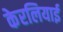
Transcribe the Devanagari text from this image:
केरलियाई